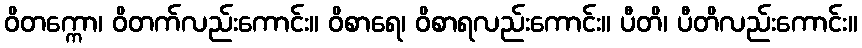
ဝိတက္ကော၊ ဝိတက်လည်းကောင်း။ ဝိစာရေ၊ ဝိစာရလည်းကောင်း။ ပီတိ၊ ပီတိလည်းကောင်း။